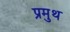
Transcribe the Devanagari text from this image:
प्रमुथ